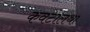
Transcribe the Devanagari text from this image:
कवटालथा